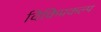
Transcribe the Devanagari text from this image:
विकिप्रकल्प